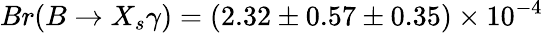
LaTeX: Br(B\to X_{s}\gamma)=(2.32\pm 0.57\pm 0.35)\times 10^{-4}